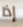
إذا